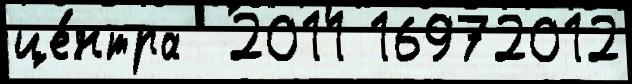
це́нтра  2011 16972012